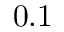
0 . 1